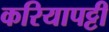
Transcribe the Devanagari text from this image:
करियापट्टी